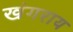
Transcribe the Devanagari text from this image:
खंगराय